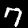
Digit: 7